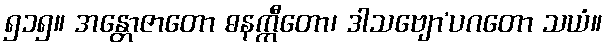
၅၁၅။ အန္တောဇာတော ဓနက္ကီတော၊ ဒါသဗျော’ပဂတော သယံ။